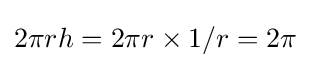
2\pi rh=2\pi r\times 1/r=2\pi